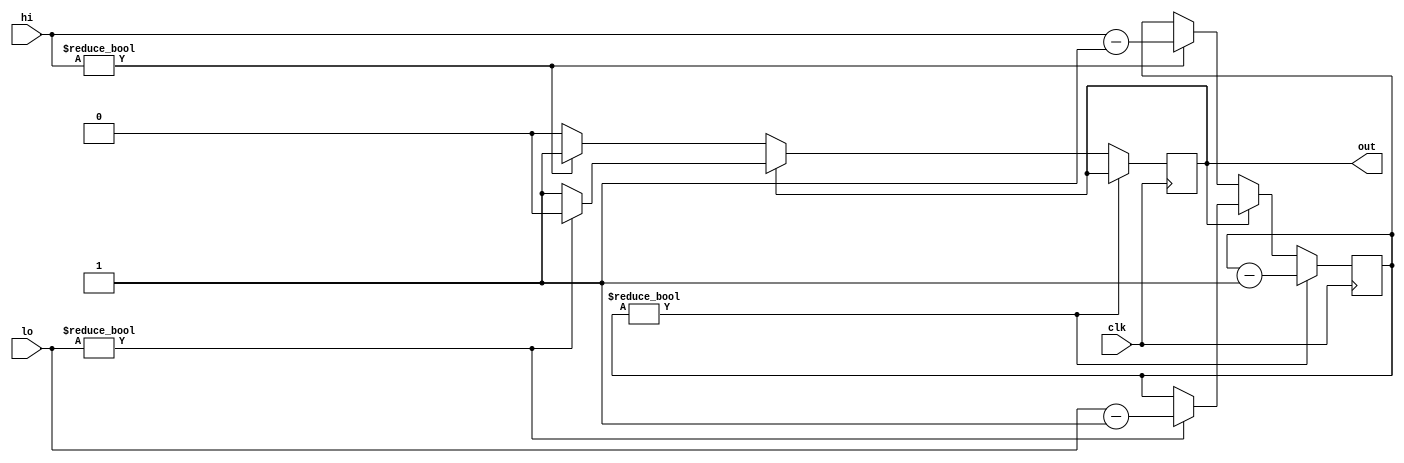
// freq.v
//
// frequency generator (w/ variable duty-cycle)
//

`default_nettype none

module freq #(
  parameter              INIT = 0,        // initial signal level
  parameter              N_CNT = 8        // number of count bits
) (
  input                  clk,             // input clock
  input      [N_CNT-1:0] lo,              // number of clock-cycles low
  input      [N_CNT-1:0] hi,              // number of clock-cycles high
  output reg             out              // registered output signal
);

  reg [N_CNT-1:0] cnt;  // countdown timer

  initial
    begin
      out = INIT;
      cnt = 0;
    end

  always @(posedge clk)
    if (cnt)  // count down to zero
      cnt <= cnt - 1;
    else if (out)  // high phase
      begin
        if (lo)
          begin
            cnt <= lo - 1;
            out <= 1'b0;
          end
      end
    else // low phase
      begin
        if (hi)
          begin
            cnt <= hi - 1;
            out <= 1'b1;
          end
      end

endmodule